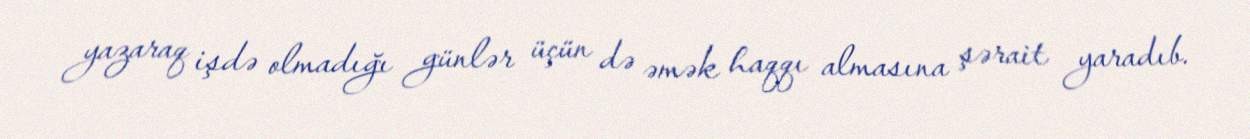
yazaraq işdə olmadığı günlər üçün də əmək haqqı almasına şərait yaradıb.